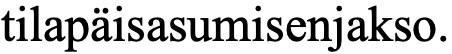
tilapäisasumisenjakso.